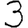
Digit: 3